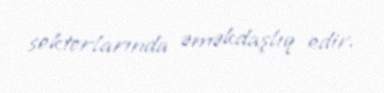
sektorlarında əməkdaşlıq edir.